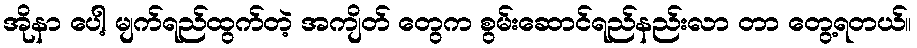
အိုနာ ပေါ့ မျက်ရည်ထွက်တဲ့ အကျိတ် တွေက စွမ်းဆောင်ရည်နည်းလာ တာ တွေ့ရတယ်။